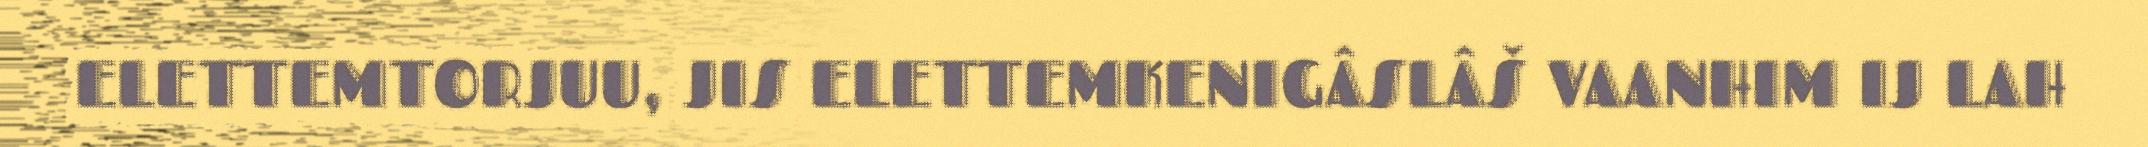
ELETTEMTORJUU, JIS ELETTEMKENIGÂSLÂŠ VAANHIM IJ LAH